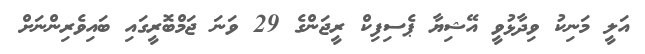
އަލީ މަނިކު ވިދާޅުވީ އޭޝިޔާ ޕެސިފިކް ރީޖަންގެ 29 ވަނަ ޖަމްބޮރީގައި ބައިވެރިންނަށް